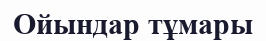
Ойындар тұмары